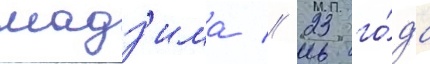
мадз'има // 23 го́да